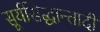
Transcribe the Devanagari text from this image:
सूर्यसिद्धान्तादी